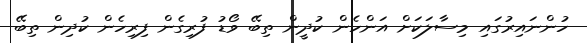
ހުންނައިރުގައި މިސާލަކަށް އަންހެން ކުދީން ތިބޭ ވޯޑު ފުރިގެން ފިރިހެން ކުދިން ތިބޭ